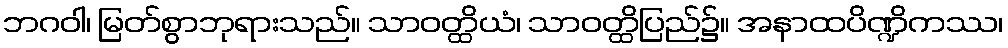
ဘဂဝါ၊ မြတ်စွာဘုရားသည်။ သာဝတ္ထိယံ၊ သာဝတ္ထိပြည်၌။ အနာထပိဏ္ဍိကဿ၊